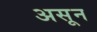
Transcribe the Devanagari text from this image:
असून